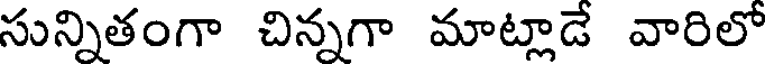
సున్నితంగా చిన్నగా మాట్లాడే వారిలో